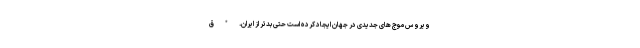
ویروس موج های جدیدی در جهان ایجاد کرده است حتی بدتر از ایران. * ق